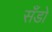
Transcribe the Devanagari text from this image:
सँडो